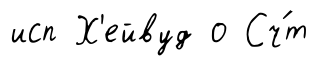
исп Х'ейвуд о Сч́т